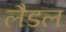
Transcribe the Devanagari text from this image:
लैडल